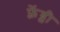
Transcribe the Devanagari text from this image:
फ़्रेंड्ली